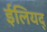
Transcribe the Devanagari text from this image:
ईलियद्